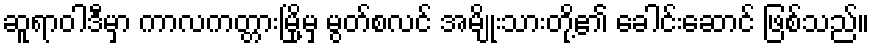
ဆူရာဝါဒီမှာ ကာလကတ္တားမြို့မှ မွတ်စလင် အမျိုးသားတို့၏ ခေါင်းဆောင် ဖြစ်သည်။